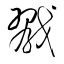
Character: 戮